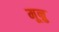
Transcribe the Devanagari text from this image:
मून्रु